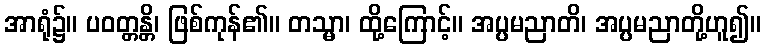
အာရုံ၌။ ပဝတ္တန္တိ၊ ဖြစ်ကုန်၏။ တသ္မာ၊ ထို့ကြောင့်။ အပ္ပမညာတိ၊ အပ္ပမညာတို့ဟူ၍။